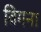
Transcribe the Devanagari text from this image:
विगना